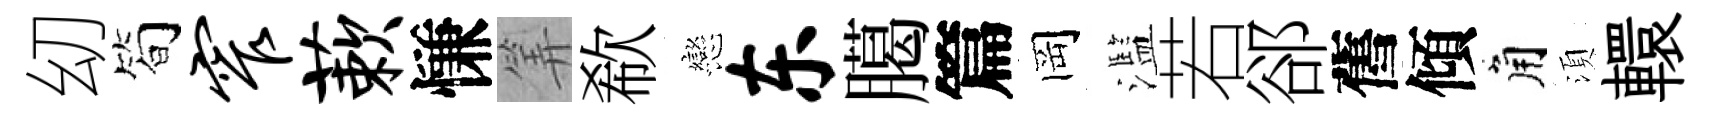
㓜筍窄蔌慊筭欷戀东臈篇岡濫若郤舊傾角湏轘